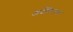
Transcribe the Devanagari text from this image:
अर्दविराफ